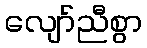
လျော်ညီစွာ